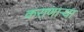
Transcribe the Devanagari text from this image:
कराणाऱ्या